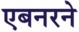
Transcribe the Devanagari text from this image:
एबनरने